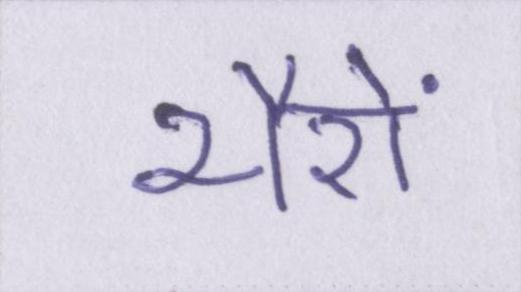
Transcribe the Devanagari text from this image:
भैरों